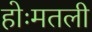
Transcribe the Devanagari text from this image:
होःमतली